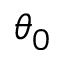
\theta _ { 0 }